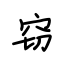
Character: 窃